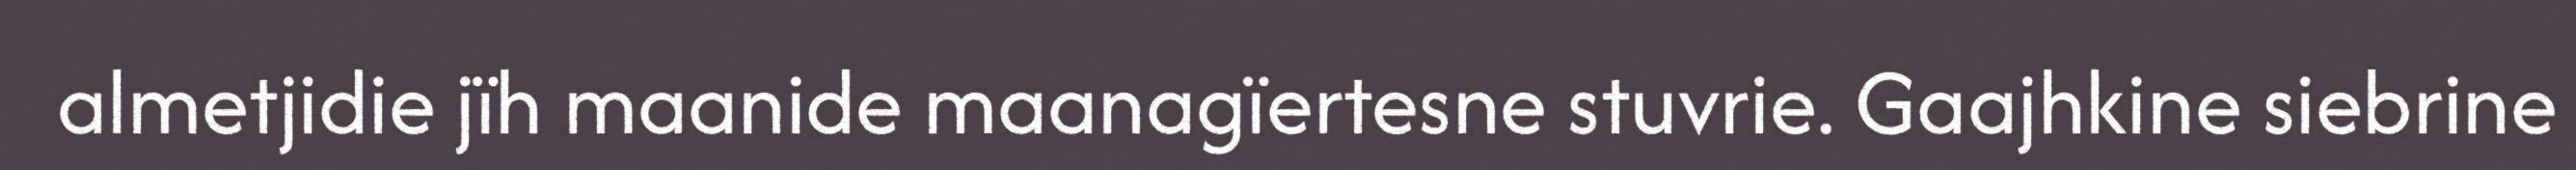
almetjidie jïh maanide maanagïertesne stuvrie. Gaajhkine siebrine